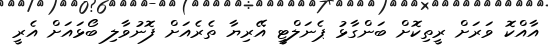
އާއްކޮ ވަރަށް ރީތިކޮށް ބަންގާޅު ޕެނަލްޓީ އޭރިޔާ ތެރެއަށް ފޮނުވާލި ބޯޅައަށް އެރީ